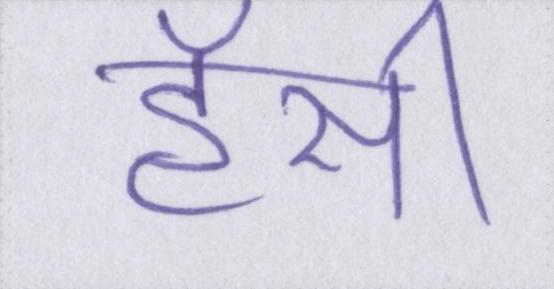
हॅसी